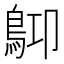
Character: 𪀃